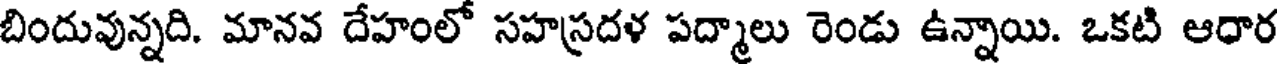
బిందువున్నది. మానవ దేహంలో సహస్రదళ పద్మాలు రెండు ఉన్నాయి. ఒకటి ఆధార